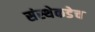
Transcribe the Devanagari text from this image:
संस्थेकडेच